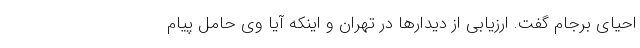
احیای برجام گفت. ارزیابی از دیدارها در تهران و اینکه آیا وی حامل پیام